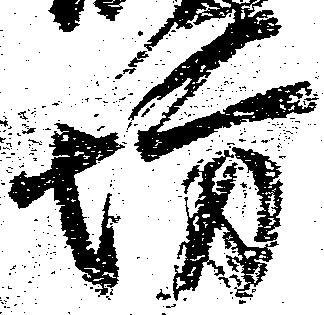
坊